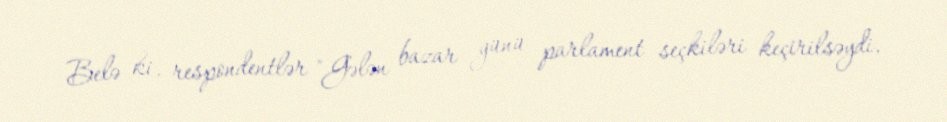
Belə ki, respondentlər "Gələn bazar günü parlament seçkiləri keçirilsəydi,